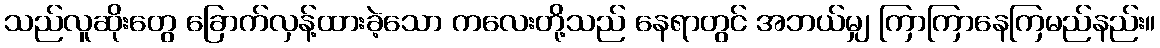
သည်လူဆိုးတွေ ခြောက်လှန့်ထားခဲ့သော ကလေးတို့သည် နေရာတွင် အဘယ်မျှ ကြာကြာနေကြမည်နည်း။